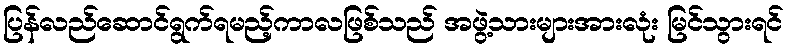
ပြန်လည်ဆောင်ရွက်ရမည့်ကာလဖြစ်သည် အဖွဲ့သားများအားလုံး မြင်သွားရင်